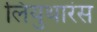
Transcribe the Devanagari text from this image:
लियुथारंस